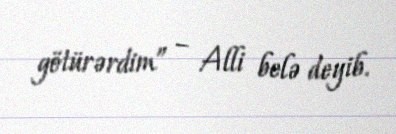
götürərdim” – Alli belə deyib.